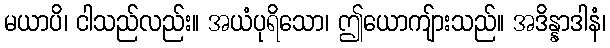
မယာပိ၊ ငါသည်လည်း။ အယံပုရိသော၊ ဤယောကျ်ားသည်။ အဒိန္နာဒါနံ၊